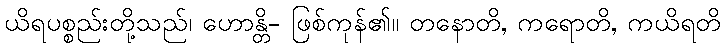
ယိရပစ္စည်းတို့သည်၊ ဟောန္တိ- ဖြစ်ကုန်၏။ တနောတိ, ကရောတိ, ကယိရတိ